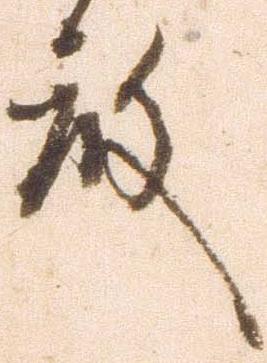
殿